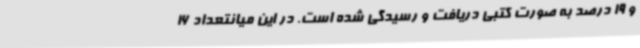
و 19 درصد به صورت کتبی دریافت و رسیدگی شده است. در این میانتعداد 16